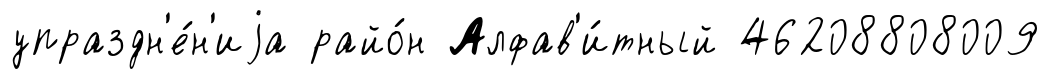
упраздн'е́н'иjа райо́н Алфав'и́тный 46208808009